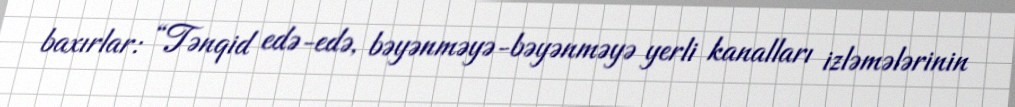
baxırlar: “Tənqid edə-edə, bəyənməyə-bəyənməyə yerli kanalları izləmələrinin